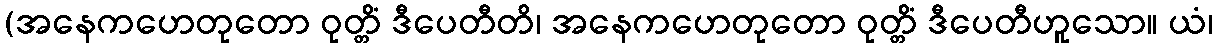
(အနေကဟေတုတော ဝုတ္တိံ ဒီပေတီတိ၊ အနေကဟေတုတော ဝုတ္တိံ ဒီပေတီဟူသော။ ယံ၊